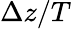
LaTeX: \Delta z/T